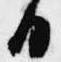
日